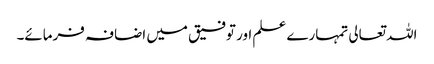
اللہ تعالی تمہارے علم اور توفیق میں اضافہ فرمائے۔